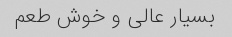
بسیار عالی و خوش طعم